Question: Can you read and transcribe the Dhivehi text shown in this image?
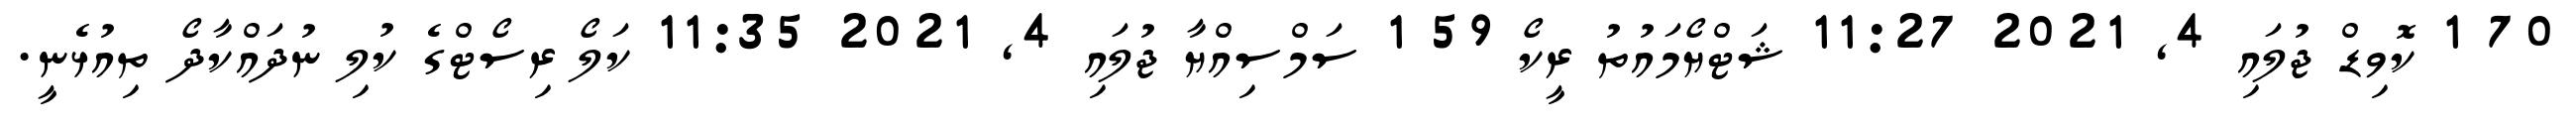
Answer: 70 1 ކޮވިޑް ޖުލައި 4, 2021 11:27 ޝަޓްޔޯމައުތު ރީކޯ 59 1 ސަމްސިއްޔާ ޖުލައި 4, 2021 11:35 ކަލޯ ރިސޯޓްގެ ކުލި ނުދައްކާދޯ ތިއުޅެނީ.